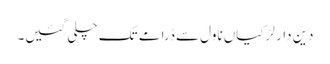
دین دار لڑکیاں ناول سے ڈرامے تک چلی گئیں۔